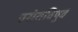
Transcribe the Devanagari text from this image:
बसंतविषुव